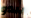
يبدو